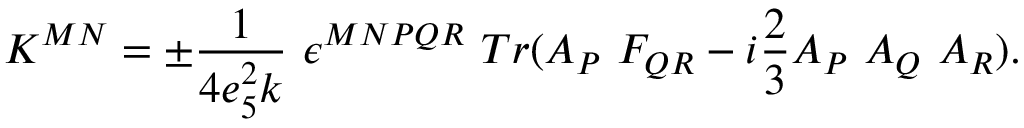
K ^ { M N } = \pm \frac { 1 } { 4 e _ { 5 } ^ { 2 } k } \ \epsilon ^ { M N P Q R } \ T r ( A _ { P } \ F _ { Q R } - i \frac { 2 } { 3 } A _ { P } \ A _ { Q } \ A _ { R } ) .